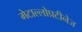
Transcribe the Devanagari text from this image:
मेटाल्लोप्रटीनेज